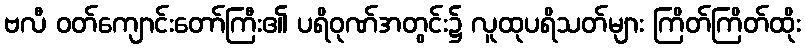
ဗလီ ဝတ်ကျောင်းတော်ကြီး၏ ပရိဝုဏ်အတွင်း၌ လူထုပရိသတ်များ ကြိတ်ကြိတ်ထိုး